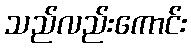
သည်လည်းကောင်း